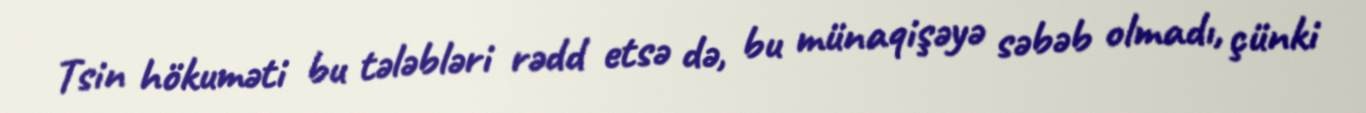
Tsin hökuməti bu tələbləri rədd etsə də, bu münaqişəyə səbəb olmadı, çünki